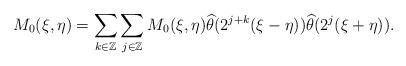
LaTeX: \begin{align*} M_{0}(\xi,\eta) = \sum_{k\in\mathbb{Z}}\sum_{j\in\mathbb{Z}} M_{0}(\xi,\eta)\widehat{\theta}(2^{j+k}(\xi-\eta))\widehat{\theta}(2^{j}(\xi+\eta)).\end{align*}